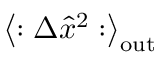
\left\langle : \Delta \hat { x } ^ { 2 } : \right\rangle _ { \mathrm { o u t } }